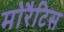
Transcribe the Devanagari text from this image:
मोरैटिस